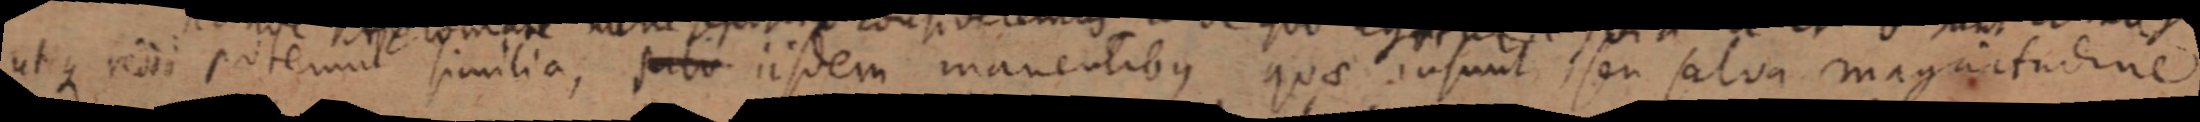
utque nini poterunt similia, po iisdem manenlibus, quae insunt seu salva magnitudine